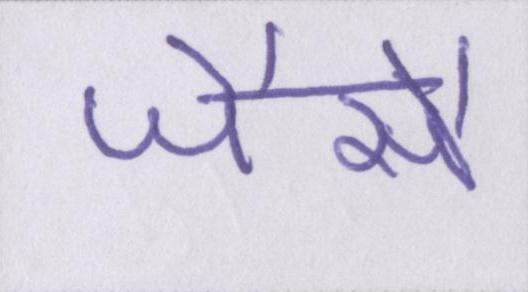
जैसै